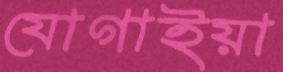
যোগাইয়া